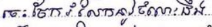
ចេះចែករំលែកនូវចំណេះដឹង